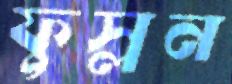
ফুস্‌লন